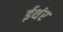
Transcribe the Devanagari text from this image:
ईथंर